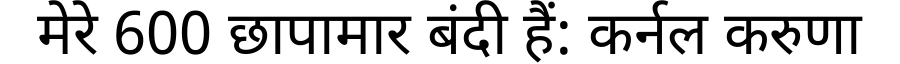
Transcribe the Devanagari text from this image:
मेरे 600 छापामार बंदी हैं: कर्नल करुणा